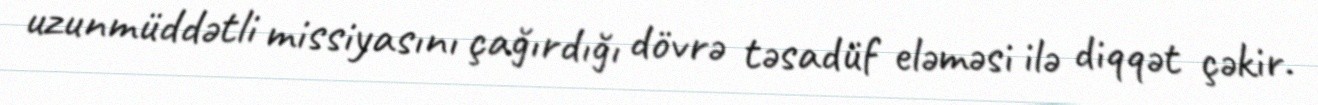
uzunmüddətli missiyasını çağırdığı dövrə təsadüf eləməsi ilə diqqət çəkir.